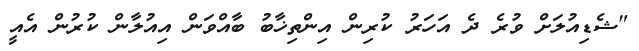
"ޝެޑިއުލަށް ވުރެ ދެ އަހަރު ކުރިން އިންތިޚާބު ބާއްވަން އިއުލާން ކުރުން އެއީ